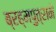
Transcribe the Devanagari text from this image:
ब्रह्मपुत्राने